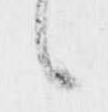
候